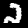
Label: 2